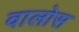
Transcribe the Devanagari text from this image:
वालोस